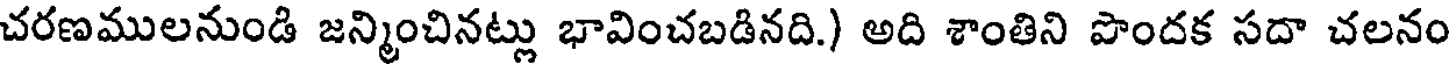
చరణములనుండి జన్మించినట్లు భావించబడినది.) అది శాంతిని పొందక సదా చలనం